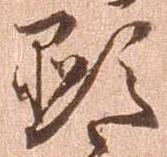
顕